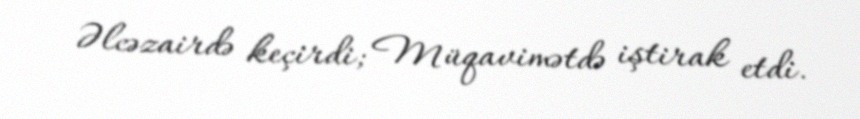
Əlcəzairdə keçirdi; Müqavimətdə iştirak etdi.